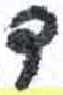
אות: ד